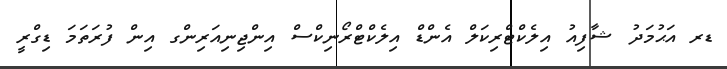
ޑރ އަޙުމަދު ޝާފިއު އިލެކްޓްރިކަލް އެންޑް އިލެކްޓްރޯނިކްސް އިންޖިނިއަރިންގ އިން ފުރަތަމަ ޑިގްރީ